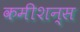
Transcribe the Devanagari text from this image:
कमीशन्स